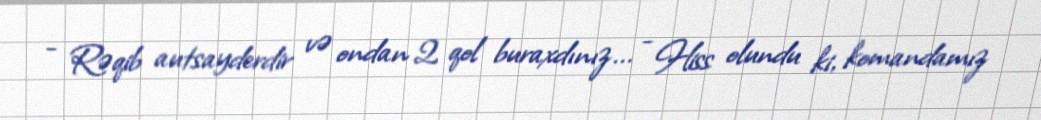
- Rəqib autsayderdir və ondan 2 qol buraxdınız... - Hiss olundu ki, komandamız